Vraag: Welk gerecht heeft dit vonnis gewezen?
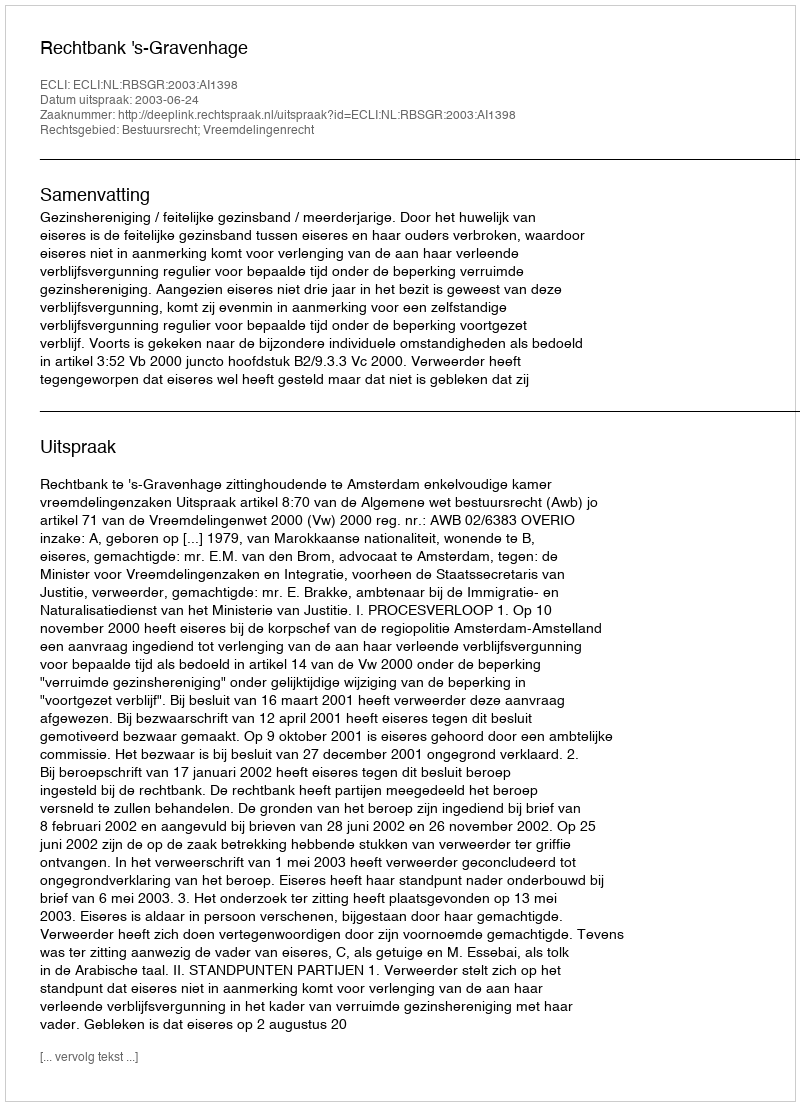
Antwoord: Rechtbank 's-Gravenhage